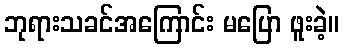
ဘုရားသခင်အကြောင်း မပြော ဖူးခဲ့။